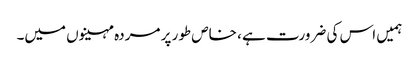
ہمیں اس کی ضرورت ہے ، خاص طور پر مردہ مہینوں میں۔